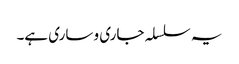
یہ سلسلہ جاری و ساری ہے۔